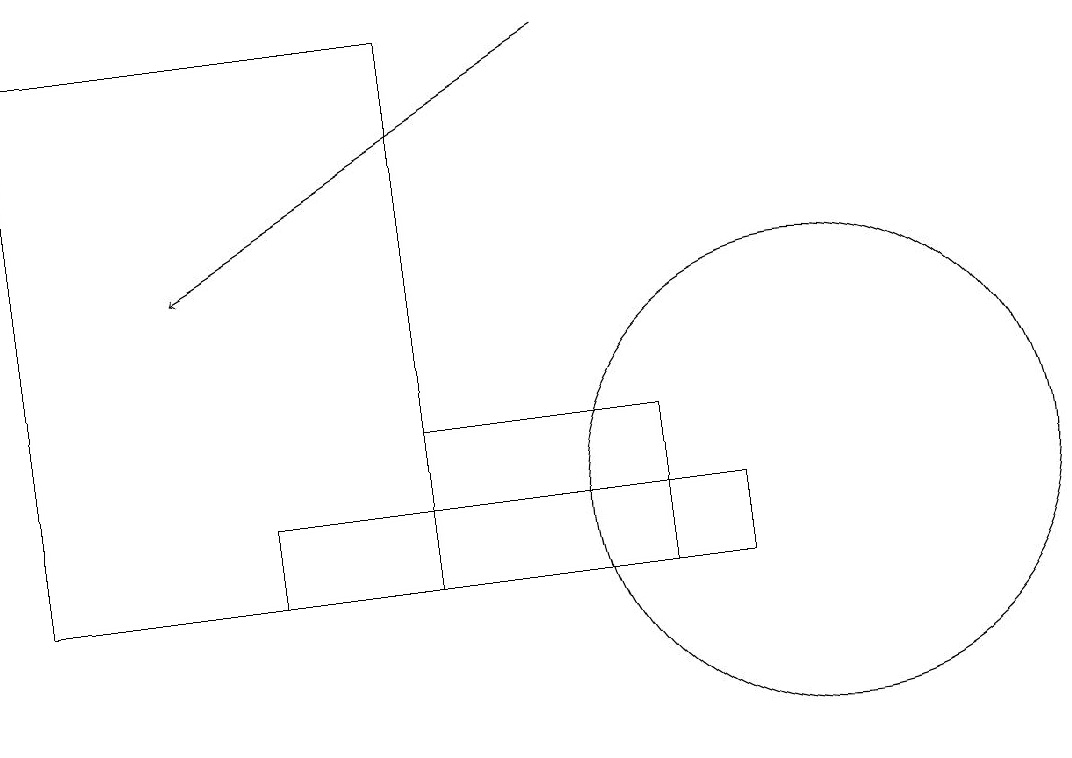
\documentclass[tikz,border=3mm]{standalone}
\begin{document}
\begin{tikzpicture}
\draw (10,11) circle (3);
\draw (5,10) rectangle (8,12);
\draw (0,17) rectangle (5,10);
\draw (9,11) rectangle (3,10);
\draw[->] (7,17) -- (2,14);
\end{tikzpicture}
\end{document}